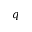
q